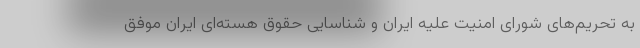
به تحریم‌های شورای امنیت علیه ایران و شناسایی حقوق هسته‌ای ایران موفق